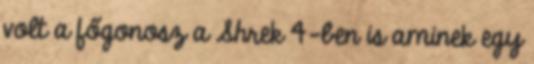
volt a főgonosz a Shrek 4-ben is aminek egy